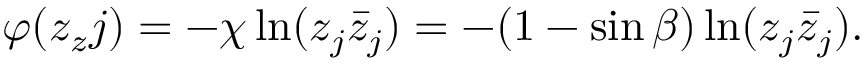
\varphi ( z _ { z } j ) = - \chi \ln ( z _ { j } \bar { z } _ { j } ) = - ( 1 - \sin \beta ) \ln ( z _ { j } \bar { z } _ { j } ) .